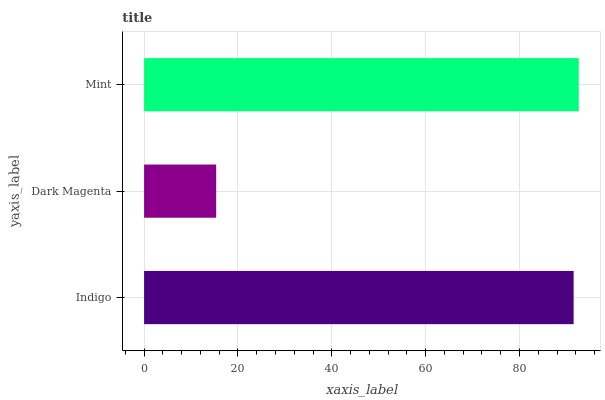
| yaxis_label | bars |
 | --- | --- |
 | Indigo | 91.5 |
 | Dark Magenta | 15.4 |
 | Mint | 92.6 |